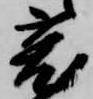
莵